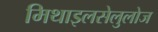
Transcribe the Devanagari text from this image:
मिथाइलसेलुलोज